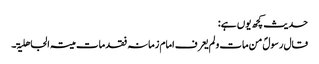
حدیث کچھ یوں ہے:
قال رسولؐ من مات و لم یعرف امام زمانہ فقد مات میتۃ الجاھلیۃ۔